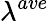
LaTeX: \lambda^{ave}